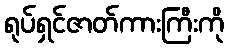
ရုပ်ရှင်ဇာတ်ကားကြီးကို